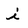
Character: i